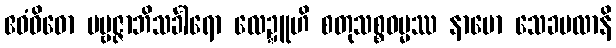
ဧဝံဝိဓော ပဗ္ဗဇ္ဇာဘိသင်္ခါရော လေဍ္ဍူဟိ စတုသစ္စဓမ္မဿ နာမော သေခဗလာနိ